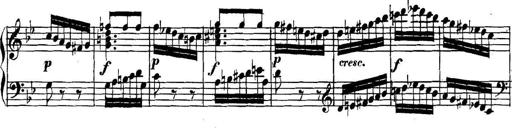
Title: Collected Piano Sonatas
Composer: Muzio Clementi